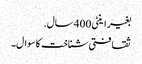
بغیر اینٹی 400 سال.
ثقافتی شناخت کا سوال۔